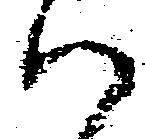
ハ